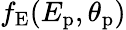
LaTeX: f_{\mathrm{E}}(E_{\mathrm{p}},\theta_{\mathrm{p}})